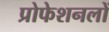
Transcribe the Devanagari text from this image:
प्रोफेशनलों